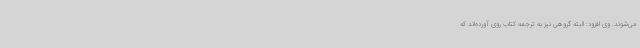
می‌شوند. وی افزود: البته گروهی نیز به ترجمه کتاب روی آورده‌اند که